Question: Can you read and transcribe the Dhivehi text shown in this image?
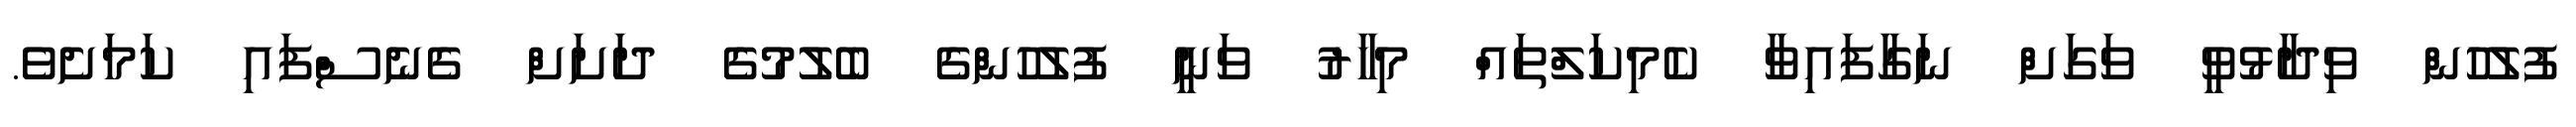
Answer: ފުލުހުން ވިދާޅުވީ ވަގަށް ނަގާފައިވާ ކެމިކަލްތައް މިހާރު ވަނީ ފުލުހުންގެ ބެލުމުގެ ދަށަށް ގެނެސްފައި ކަމަށެވެ.